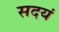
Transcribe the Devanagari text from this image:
सदयं